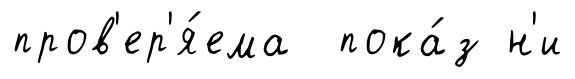
пров'ер'я́ема пока́з н'и